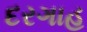
દરગાહ